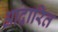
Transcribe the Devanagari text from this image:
आदारित